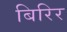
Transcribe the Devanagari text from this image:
बिरिर